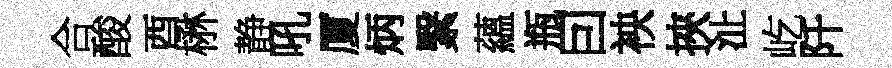
合酸酉楙静吼厦炳繄蘊瓶囙䘧挾沚屹阡